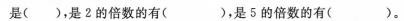
是()，是2的倍数的有()，是5的倍数的有()。